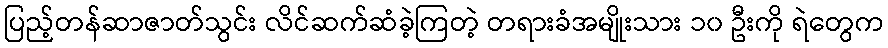
ပြည့်တန်ဆာဇာတ်သွင်း လိင်ဆက်ဆံခဲ့ကြတဲ့ တရားခံအမျိုးသား ၁၀ ဦးကို ရဲတွေက